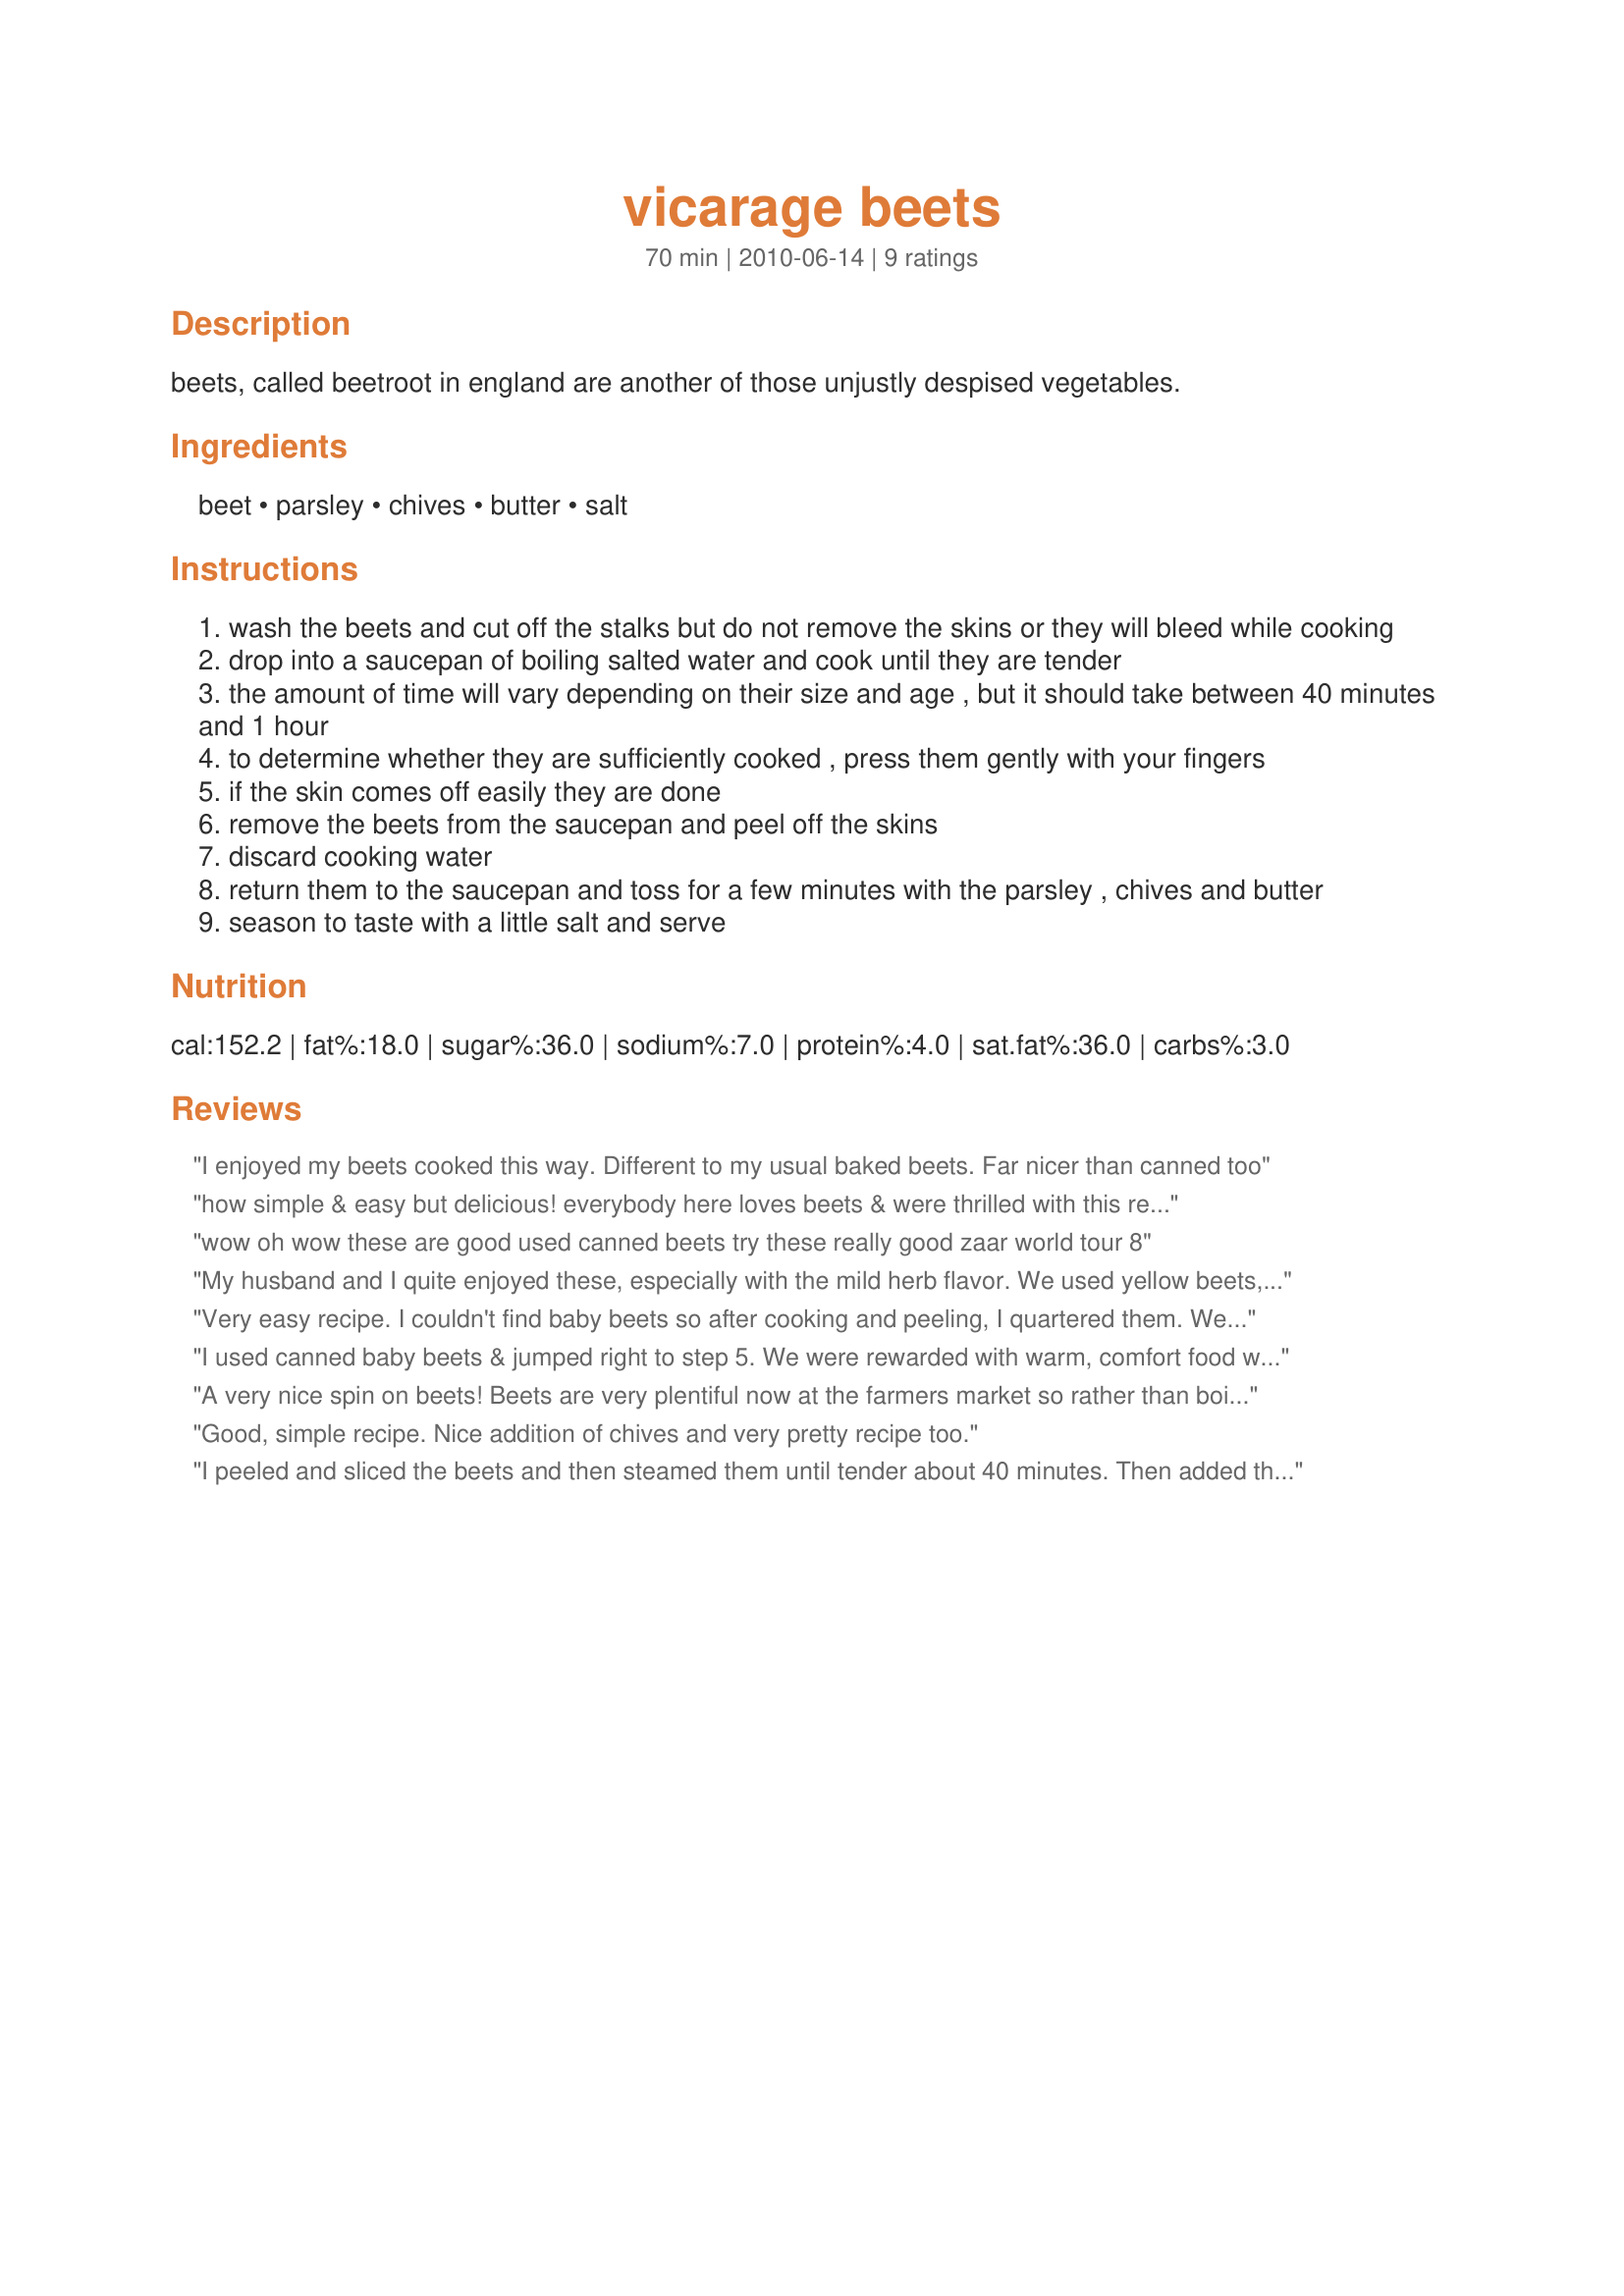
vicarage beets
Preparation time: 70 minutes

beets, called beetroot in england are another of those unjustly despised vegetables.

Ingredients:
beet, parsley, chives, butter, salt

Steps:
wash the beets and cut off the stalks but do not remove the skins or they will bleed while cooking
drop into a saucepan of boiling salted water and cook until they are tender
the amount of time will vary depending on their size and age , but it should take between 40 minutes and 1 hour
to determine whether they are sufficiently cooked , press them gently with your fingers
if the skin comes off easily they are done
remove the beets from the saucepan and peel off the skins
discard cooking water
return them to the saucepan and toss for a few minutes with the parsley , chives and butter
season to taste with a little salt and serve

Reviews:
I enjoyed my beets cooked this way. Different to my usual baked beets. Far nicer than canned too
how simple & easy but delicious! everybody here loves beets & were thrilled with this rendition. made for zwt6. thank you!
wow oh wow these are good used canned beets try these really good zaar world tour 8
My husband and I quite enjoyed these, especially with the mild herb flavor. We used yellow beets, which taste every bit as good as purple beets, and by removing the skins under running water, any chance of stained fingers was avoided. Made for ZWT6. Thanks for sharing!
Very easy recipe. I couldn't find baby beets so after cooking and peeling, I quartered them. Went great with a roast chicken. Made for Best of 2012 game.
I used canned baby beets & jumped right to step 5. We were rewarded with warm, comfort food with a twist. The chives were unexpected & new to me, but something i'd do again. Thank you for sharing the recipe!
A very nice spin on beets! Beets are very plentiful now at the farmers market so rather than boiling them I roasted some in the day for this recipe. It comes together quickly, is simple and very, very tasty! Thanks for sharing! Made for The Bistro Babes ZWT 8
Good, simple recipe. Nice addition of chives and very pretty recipe too.
I peeled and sliced the beets and then steamed them until tender about 40 minutes. Then added them to a bowl with the butter and herbs. Wonderful taste. It's a great way to serve beets. Thanks morgainegeiser :) Made for ZWT8 for Diners, Winers and Chives
